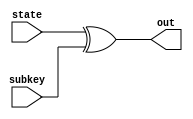
module add_round_keys(
	input wire[127 : 0] state,
	input wire[127 : 0] subkey,
//  output reg[127 : 0] out
    output [127 : 0] out
	);
	//always @*
	//	begin
		assign out = state ^ subkey;
	//	end
endmodule